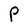
Character: P